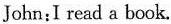
John:I read a book.